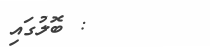
: ބޮލުގައި